Indian journal of veterinary science and animal husbandry - Volume 11,
Year: 1941
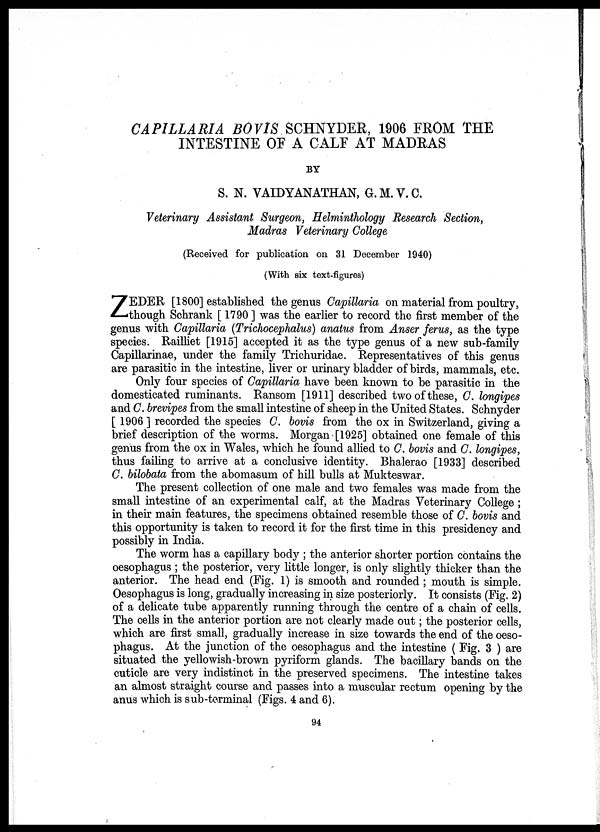
CAPILLARIA BOVIS SCHNYDER, 1906 FROM THE
INTESTINE OF A CALF AT MADRAS
BY
S. N. VAIDYANATHAN, G.M.V.C.
Veterinary Assistant Surgeon, Helminthology Research Section,
Madras Veterinary College
(Received for publication on 31 December 1940)
(With six text-figures)
Z EDER [1800] established the genus Capillaria on material from poultry,
though Schrank [ 1790 ] was the earlier to record the first member of the
genus with Capillaria (Trichocephalus) anatus from Anser ferus, as the type
species. Railliet [1915] accepted it as the type genus of a new sub-family
Capillarinae, under the family Trichuridae. Representatives of this genus
are parasitic in the intestine, liver or urinary bladder of birds, mammals, etc.
Only four species of Capillaria have been known to be parasitic in the
domesticated ruminants. Ransom [1911] described two of these, C. longipes
and C. brevipes from the small intestine of sheep in the United States. Schnyder
[ 1906 ] recorded the species C. bovis from the ox in Switzerland, giving a
brief description of the worms. Morgan [1925] obtained one female of this
genus from the ox in Wales, which he found allied to C. bovis and C. longipes,
thus failing to arrive at a conclusive identity. Bhalerao [1933] described
C. bilobata from the abomasum of hill bulls at Mukteswar.
The present collection of one male and two females was made from the
small intestine of an experimental calf, at the Madras Veterinary College ;
in their main features, the specimens obtained resemble those of C. bovis and
this opportunity is taken to record it for the first time in this presidency and
possibly in India.
The worm has a capillary body ; the anterior shorter portion contains the
oesophagus ; the posterior, very little longer, is only slightly thicker than the
anterior. The head end (Fig. 1) is smooth and rounded; mouth is simple.
Oesophagus is long, gradually increasing in size posteriorly. It consists (Fig. 2)
of a delicate tube apparently running through the centre of a chain of cells.
The cells in the anterior portion are not clearly made out; the posterior cells,
which are first small, gradually increase in size towards the end of the oeso-
phagus. At the junction of the oesophagus and the intestine ( Fig. 3 ) are
situated the yellowish-brown pyriform glands. The bacillary bands on the
cuticle are very indistinct in the preserved specimens. The intestine takes
an almost straight course and passes into a muscular rectum opening by the
anus which is sub-terminal (Figs. 4 and 6).
94